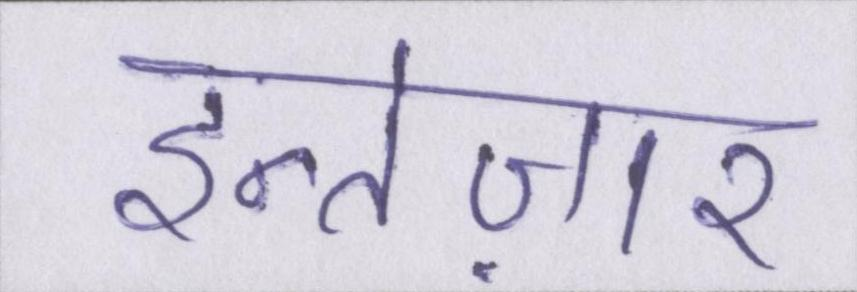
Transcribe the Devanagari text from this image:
इन्तेज़ार